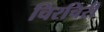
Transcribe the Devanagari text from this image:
चिरचिरी